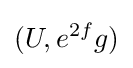
(U,e^{2f}g)